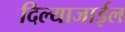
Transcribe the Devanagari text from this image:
दिल्याजाईल